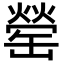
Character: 罃